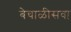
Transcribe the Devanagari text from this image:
बेचाळीसवा